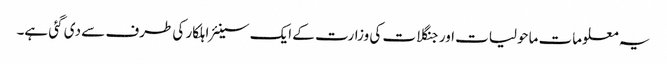
یہ معلومات ماحولیات اور جنگلات کی وزارت کے ایک سینئر اہلکار کی طرف سے دی گئی ہے۔